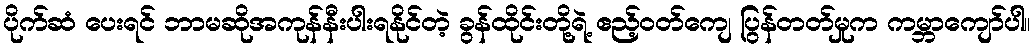
ပိုက်ဆံ ပေးရင် ဘာမဆိုအကုန်နီးပါးရနိုင်တဲ့ ခွန်ထိုင်းတို့ရဲ့ ဧည့်ဝတ်ကျေ ပြွန်တတ်မှုက ကမ္ဘာကျော်ပါ။